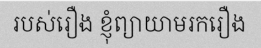
របស់រឿង ខ្ញុំព្យាយាមរករឿង